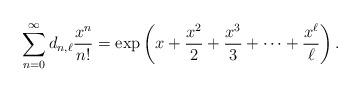
LaTeX: \begin{align*}\sum_{n=0}^{\infty} d_{n,\ell} \frac{x^{n}}{n!} = { \rm{exp}}\left( x + \frac{x^{2}}{2} + \frac{x^{3}}{3}+ \cdots + \frac{x^{\ell}}{\ell} \right).\end{align*}